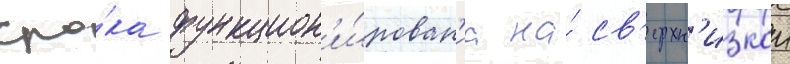
сро́ка функцион'и́рован'иа на́ св'ерхн'изкои